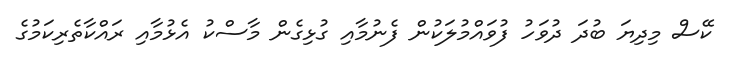
ކޭސް މިދިޔަ ބުދަ ދުވަހު ފުވައްމުލަކުން ފެނުމާއި ގުޅިގެން މާސްކު އެޅުމާއި ރައްކާތެރިކަމުގެ